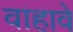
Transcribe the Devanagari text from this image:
वाहावे